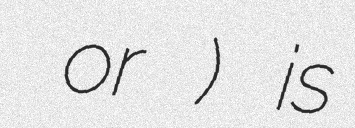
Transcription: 圭太 or 渓太) is